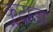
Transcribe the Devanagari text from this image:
कूटाडा